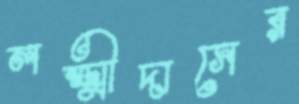
লক্ষ্মীদাসের